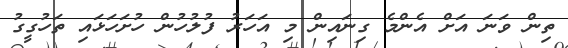
ތިން ވަނަ އަށް އެންމެ ގިނައިން މި އަހަރު ފުލުހުން ހުށަހަޅައި ތަހުގީގު